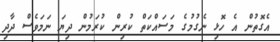
އެގޮތުން އެ ހޮޅި ނެގުމުގެ މަސައްކަތް ކުރިން ކުރަމުން ދިޔަ ނަމަވެސް ދާދި